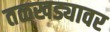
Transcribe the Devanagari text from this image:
तळखड्यावर